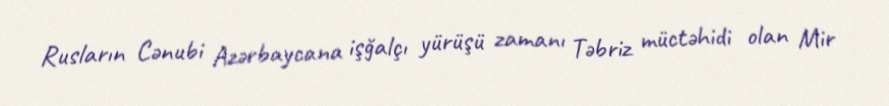
Rusların Cənubi Azərbaycana işğalçı yürüşü zamanı Təbriz müctəhidi olan Mir